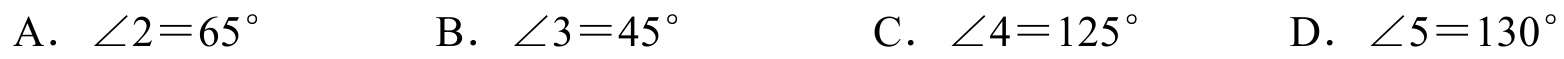
A．$\angle 2 = 65^{\circ}$  B．$\angle 3 = 45^{\circ}$  C．$\angle 4 = 125^{\circ}$  D．$\angle 5 = 130^{\circ}$